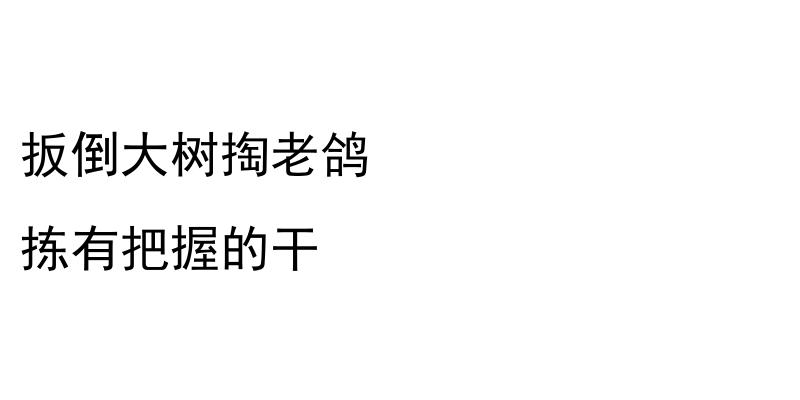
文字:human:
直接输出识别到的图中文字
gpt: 扳倒大树掏老鸽 拣有把握的干